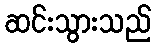
ဆင်းသွားသည်